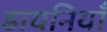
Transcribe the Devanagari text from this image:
डायनियाँ